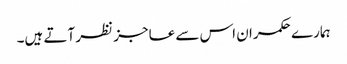
ہمارے حکمران اس سے عاجز نظر آتے ہیں۔